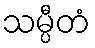
သမ္ပီတံ